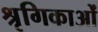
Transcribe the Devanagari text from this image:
श्रृगिकाओं